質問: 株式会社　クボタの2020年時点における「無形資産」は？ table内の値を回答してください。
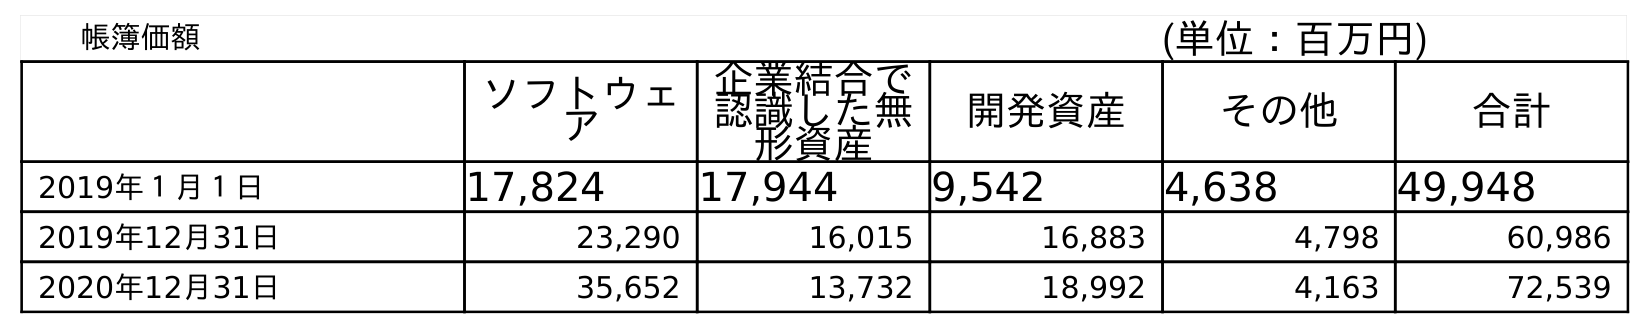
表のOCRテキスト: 帳簿価額 (単位：百万円) ソフトウェ ア 企業結合で 認識した無 形資産 開発資産 その他 合計 2019年１月１日 17,824 17,944 9,542 4,638 49,948 2019年12月31日 23,290 16,015 16,883 4,798 60,986 2020年12月31日 35,652 13,732 18,992 4,163 72,539
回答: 72,539